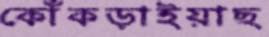
কোঁকড়াইয়াছ